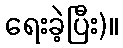
ရေးခဲ့ပြီး)။